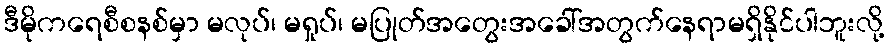
ဒီမိုကရေစီစနစ်မှာ မလုပ်၊ မရှုပ်၊ မပြုတ်အတွေးအခေါ်အတွက်နေရာမရှိနိုင်ပါဘူးလို့